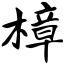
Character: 樟